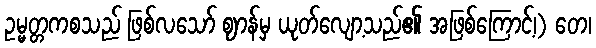
ဥမ္မတ္တကစသည် ဖြစ်လသော် ဈာန်မှ ယုတ်လျော့သည်၏ အဖြစ်ကြောင့်၊) တေ၊